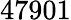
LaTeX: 47901